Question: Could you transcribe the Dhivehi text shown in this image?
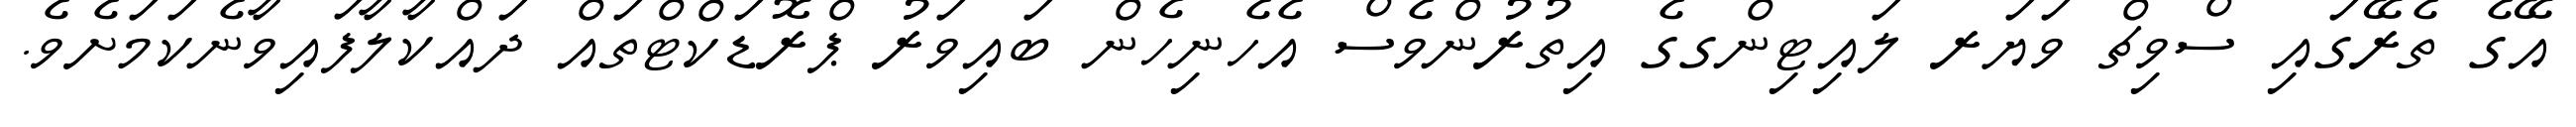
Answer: އޭގެ ތެރޭގައި ސްވިޗް ވަޔަރ ލައިޓިންގގެ އިތުރުންވެސް އެހެނިހެން ބައިވަރު ޕްރޮޑަކްޓްތައް ދައްކާލާފައިވާނެކަމަށެވެ.